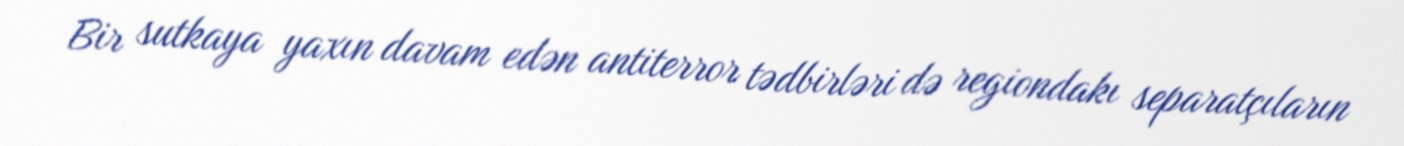
Bir sutkaya yaxın davam edən antiterror tədbirləri də regiondakı separatçıların